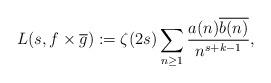
LaTeX: \begin{align*} L(s, f\times \overline{g}) := \zeta(2s) \sum_{n \geq 1} \frac{a(n) \overline{b(n)}}{n^{s + k - 1}},\end{align*}